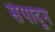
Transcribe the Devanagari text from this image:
संपादून